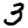
Digit: 3